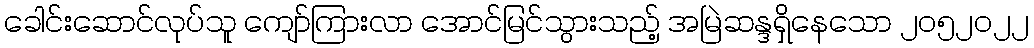
ခေါင်းဆောင်လုပ်သူ ကျော်ကြားလာ အောင်မြင်သွားသည့် အမြဲဆန္ဒရှိနေသော ၂၀၅၂၀၂၂